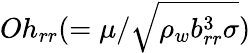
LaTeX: Oh_{rr}(=\mu/\sqrt{\rho_{w}b_{rr}^{3}\sigma})